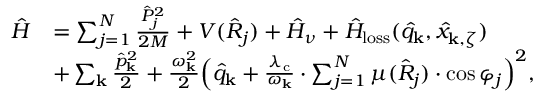
\begin{array} { r l } { \hat { H } } & { = \sum _ { j = 1 } ^ { N } \frac { \hat { P } _ { j } ^ { 2 } } { 2 M } + V ( \hat { R } _ { j } ) + \hat { H } _ { \nu } + \hat { H } _ { \mathrm { l o s s } } ( \hat { q } _ { \bf k } , \hat { x } _ { { \bf k } , \zeta } ) } \\ & { + \sum _ { \bf k } \frac { \hat { p } _ { \bf k } ^ { 2 } } { 2 } + \frac { \omega _ { \bf k } ^ { 2 } } { 2 } \Big ( \hat { q } _ { \bf k } + { \frac { \lambda _ { \mathrm { c } } } { \omega _ { \bf k } } } \cdot \sum _ { j = 1 } ^ { N } { \mu } ( \hat { R } _ { j } ) \cdot \cos \varphi _ { j } \Big ) ^ { 2 } , } \end{array}